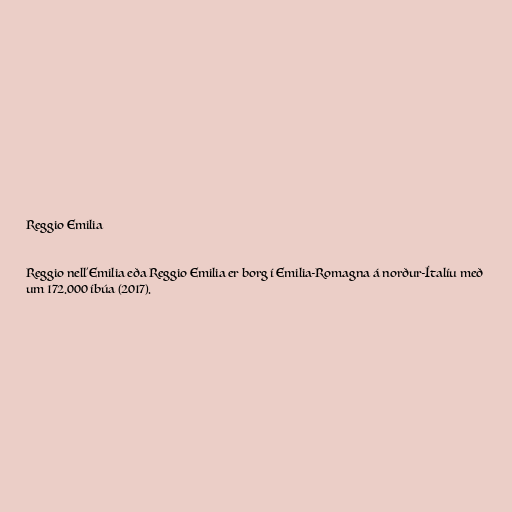
Reggio Emilia

Reggio nell'Emilia eða Reggio Emilia er borg í Emilia-Romagna á norður-Ítalíu með
um 172.000 íbúa (2017).